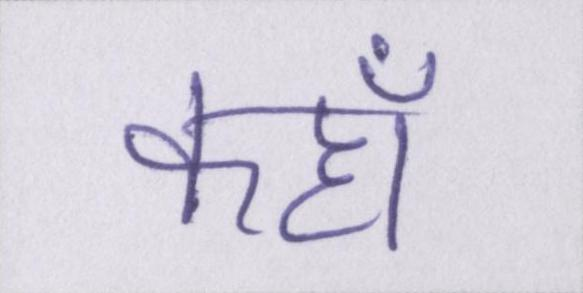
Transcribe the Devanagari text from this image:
कहॉं